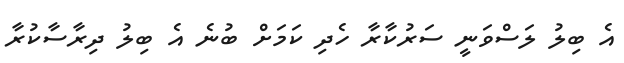
އެ ބިލު ލަސްވަނީ ސަރުކާރާ ހެދި ކަމަށް ބުނެ އެ ބިލު ދިރާސާކުރާ